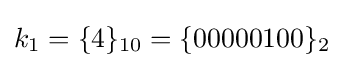
k_{1}=\{4\}_{10}=\{00000100\}_{2}